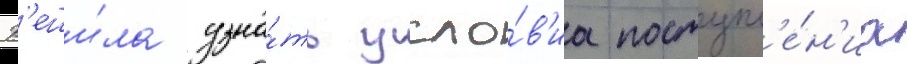
Р'еши́ла узна́ть усло́в'иа поступл'е́н'иа